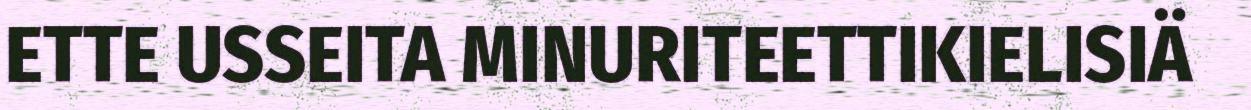
ETTE USSEITA MINURITEETTIKIELISIÄ